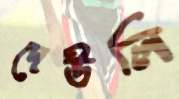
দেউলি